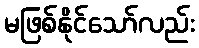
မဖြစ်နိုင်သော်လည်း